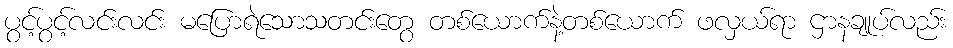
ပွင့်ပွင့်လင်းလင်း မပြောရဲသောသတင်းတွေ တစ်ယောက်နဲ့တစ်ယောက် ဖလှယ်ရာ ဌာနချုပ်လည်း